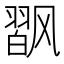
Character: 𱃟